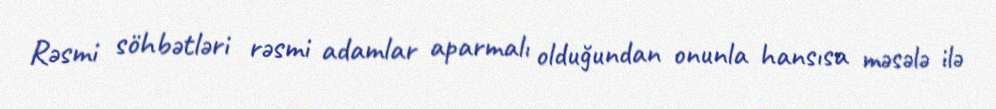
Rəsmi söhbətləri rəsmi adamlar aparmalı olduğundan onunla hansısa məsələ ilə